Scientific memoirs by medical officers of the Army of India - Part XII,
Year: 1901
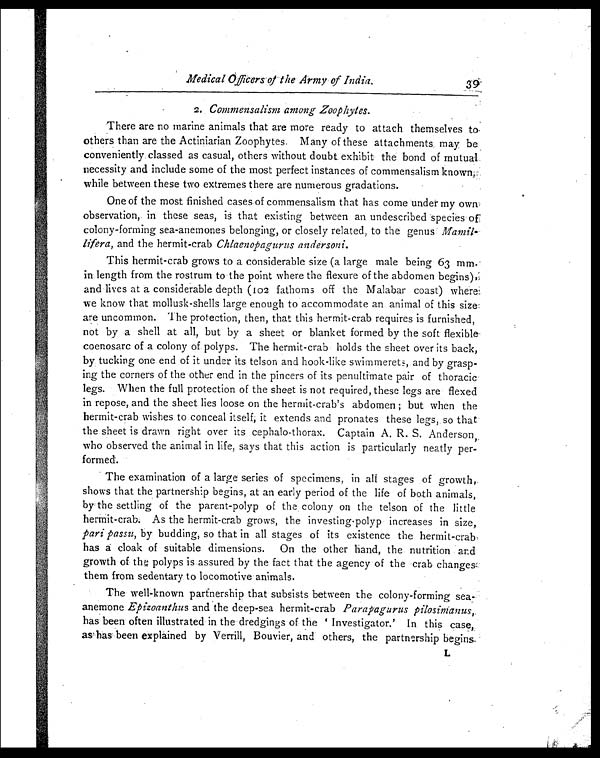
Medical Officers of the Army of India.
2. Commensalism among Zoophytes.
There are no marine animals that are more ready to attach themselves
to others than are the Actiniarian Zoophytes. Many of these attachments . may, be
conveniently classed as casual, others without doubt. exhibit the bond of mutual
necessity and include some of the most perfect instances of commensalism known,
while between these two extremes there are numerous gradations.
One of the most finished cases of commensalism that has come under my own
observation,. in these seas, is that existing between an undescribed species of
colony-forming sea-anemones belonging, or closely related, to the genus M a m i l -
lifera, and the hermit-crab Chlaenopagurns andersoni.
This hermit-crab grows to a considerable size (a large male being 63 mm.
in length from the rostrum to the point where the flexure of the abdomen begins),
and lives at a considerable depth (102 fathoms off the Malabar coast) where
we know that mollusk-shells large enough to accommodate an animal of this size:
are uncommon. The protection, then, that this hermit-crab requires is furnished,
not by a shell at all, but by a sheet or blanket formed by the soft
flexible-coerosarc of a colony of polyps. The hermit-crab holds the sheet over its back,
by tucking one end of it under its telson and hook-like swimmerets, and by grasp-
ing the corners of the other end in the pincers of its penultimate pair of thoracic
legs. When the full protection of the sheet is not required, these legs are flexed
in repose, and the sheet lies loose on the hermit-crab's abdomen ; but when the
hermit-crab wishes to conceal itself, it extends and pronates these legs,. so
that the sheet is drawn right over its cephalo-thorax. Captain A. R. S.
A n d e r s o n
w h o o b s e r v e d t h e a n i m a l i n l i f e , s a y s t h a t.
this action is particularly neatly per-
formed.
The examination of a large series of specimens, in ali stages of growth,.
shows that the partnership begins, at an early period of the life of both animals,
by the settling of the parent-polyp of the , colony on the telson of the little
hermit-crab. As the hermit-crab grows, the investing-polyp increases in size,
pail passe, by budding, so that in all stages of its existence the hermit-crab,
has a cloak of suitable dimensions. On the other hand, the. nutrition and
growth of the polyps is.assured by the fact that the agency of the 'crab changes
them from sedentary to locomotive-animals.
The well-known partnership that subsists between the colony-forming sea
anemone Epizoanthus and the deep-sea hermit-crab Parapagurus
has been often illustrated in the dredgings of the Investigator.' In this case,
as has been explained by Verrill, Bouvier, and others, the partnership begins,
L